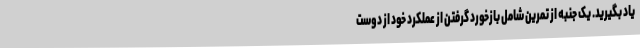
یاد بگیرید. یک جنبه از تمرین شامل بازخورد گرفتن از عملکرد خود از دوست